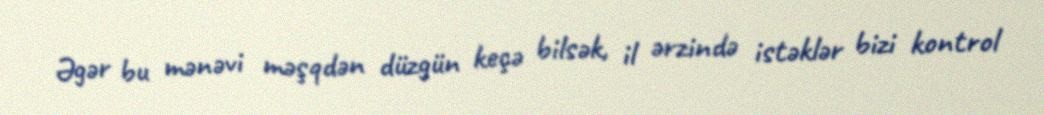
Əgər bu mənəvi məşqdən düzgün keçə bilsək, il ərzində istəklər bizi kontrol